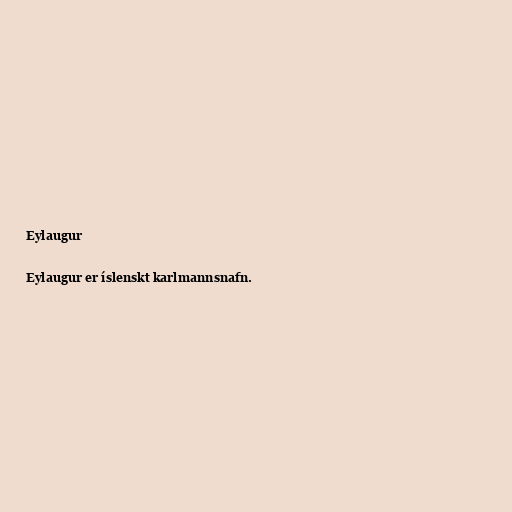
Eylaugur

Eylaugur er íslenskt karlmannsnafn.